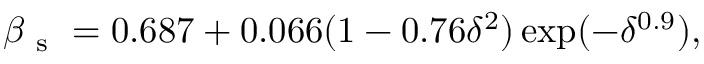
\beta _ { \mathrm { ~ s ~ } } = 0 . 6 8 7 + 0 . 0 6 6 ( 1 - 0 . 7 6 \delta ^ { 2 } ) \exp ( - \delta ^ { 0 . 9 } ) ,